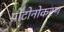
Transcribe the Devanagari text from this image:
प्रोटोनोकरण